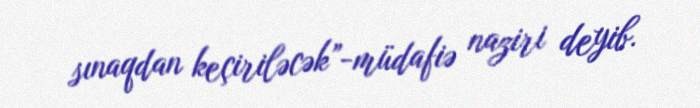
sınaqdan keçiriləcək”-müdafiə naziri deyib.